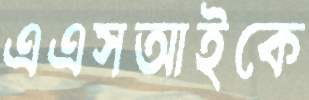
এএসআইকে